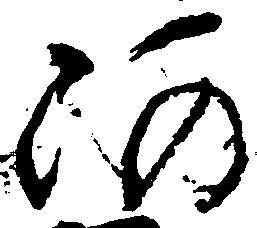
阿